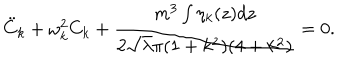
LaTeX: { \ddot { C } } _ { k } + \omega _ { k } ^ { 2 } C _ { k } + \frac { m ^ { 3 } \int \eta _ { k } ( z ) d z } { 2 { \sqrt \lambda } \pi ( 1 + k ^ { 2 } ) ( 4 + k ^ { 2 } ) } = 0 .